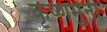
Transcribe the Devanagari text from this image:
कृष्णमुनी